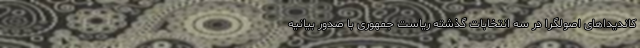
کاندیداهای اصولگرا در سه انتخابات گذشته ریاست جمهوری با صدور بیانیه